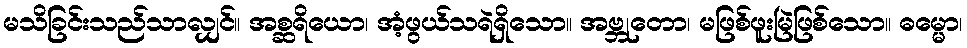
မသိခြင်းသည်သာလျှင်။ အစ္ဆရိယော၊ အံ့ဖွယ်သရဲရှိသော။ အဗ္ဘုတော၊ မဖြစ်ဖူးမြဲဖြစ်သော။ ဓမ္မော၊